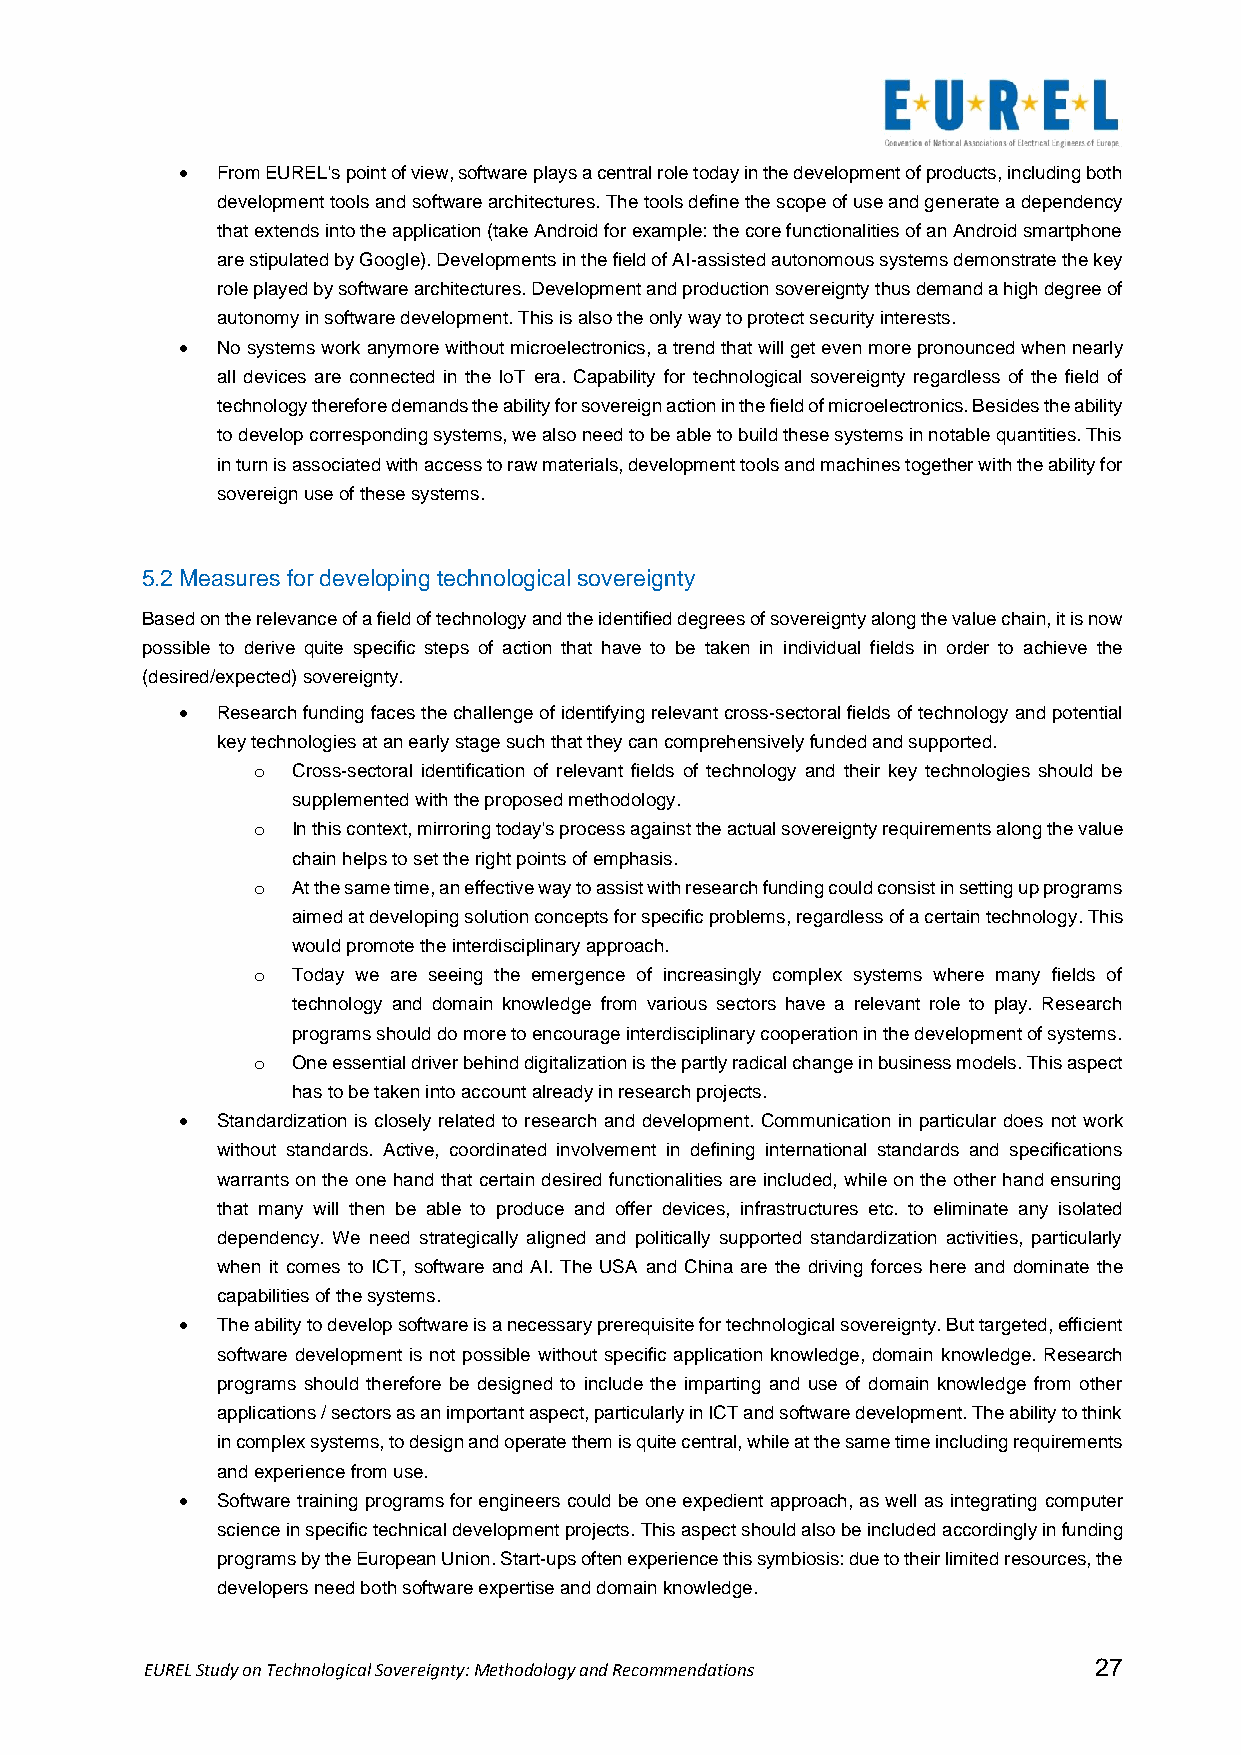
• From EUREL's point of view, software plays a central role today in the development of products, including both
 development tools and software architectures. The tools define the scope of use and generate a dependency
 that extends into the application (take Android for example: the core functionalities of an Android smartphone
 are stipulated by Google). Developments in the field of AI-assisted autonomous systems demonstrate the key
 role played by software architectures. Development and production sovereignty thus demand a high degree of
 autonomy in software development. This is also the only way to protect security interests.
 • No systems work anymore without microelectronics, a trend that will get even more pronounced when nearly
 all devices are connected in the IoT era. Capability for technological sovereignty regardless of the field of
 technology therefore demands the ability for sovereign action in the field of microelectronics. Besides the ability
 to develop corresponding systems, we also need to be able to build these systems in notable quantities. This
 in turn is associated with access to raw materials, development tools and machines together with the ability for
 sovereign use of these systems.
 5.2 Measures for developing technological sovereignty
 Based on the relevance of a field of technology and the identified degrees of sovereignty along the value chain, it is now
 possible to derive quite specific steps of action that have to be taken in individual fields in order to achieve the
 (desired/expected) sovereignty.
 • Research funding faces the challenge of identifying relevant cross-sectoral fields of technology and potential
 key technologies at an early stage such that they can comprehensively funded and supported.
 o Cross-sectoral identification of relevant fields of technology and their key technologies should be
 supplemented with the proposed methodology.
 o In this context, mirroring today's process against the actual sovereignty requirements along the value
 chain helps to set the right points of emphasis.
 o At the same time, an effective way to assist with research funding could consist in setting up programs
 aimed at developing solution concepts for specific problems, regardless of a certain technology. This
 would promote the interdisciplinary approach.
 o Today we are seeing the emergence of increasingly complex systems where many fields of
 technology and domain knowledge from various sectors have a relevant role to play. Research
 programs should do more to encourage interdisciplinary cooperation in the development of systems.
 o One essential driver behind digitalization is the partly radical change in business models. This aspect
 has to be taken into account already in research projects.
 • Standardization is closely related to research and development. Communication in particular does not work
 without standards. Active, coordinated involvement in defining international standards and specifications
 warrants on the one hand that certain desired functionalities are included, while on the other hand ensuring
 that many will then be able to produce and offer devices, infrastructures etc. to eliminate any isolated
 dependency. We need strategically aligned and politically supported standardization activities, particularly
 when it comes to ICT, software and AI. The USA and China are the driving forces here and dominate the
 capabilities of the systems.
 • The ability to develop software is a necessary prerequisite for technological sovereignty. But targeted, efficient
 software development is not possible without specific application knowledge, domain knowledge. Research
 programs should therefore be designed to include the imparting and use of domain knowledge from other
 applications / sectors as an important aspect, particularly in ICT and software development. The ability to think
 in complex systems, to design and operate them is quite central, while at the same time including requirements
 and experience from use.
 • Software training programs for engineers could be one expedient approach, as well as integrating computer
 science in specific technical development projects. This aspect should also be included accordingly in funding
 programs by the European Union. Start-ups often experience this symbiosis: due to their limited resources, the
 developers need both software expertise and domain knowledge.
 EUREL Study on Technological Sovereignty: Methodology and Recommendations 27